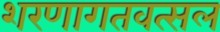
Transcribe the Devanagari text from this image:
शरणागतवत्सल